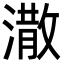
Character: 潵